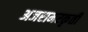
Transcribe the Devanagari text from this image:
अजरामरकृती